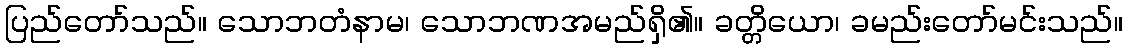
ပြည်တော်သည်။ သောဘတံနာမ၊ သောဘဏအမည်ရှိ၏။ ခတ္တိယော၊ ခမည်းတော်မင်းသည်။